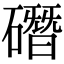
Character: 䃡